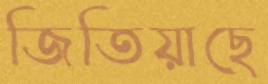
জিতিয়াছে